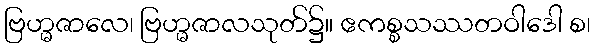
ဗြဟ္မဇာလေ၊ ဗြဟ္မဇာလသုတ်၌။ ဧကစ္စသဿတဝါဒေါ စ၊